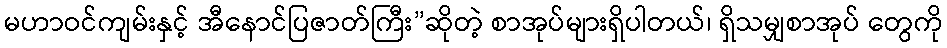
မဟာဝင်ကျမ်းနှင့် အီနောင်ပြဇာတ်ကြီး”ဆိုတဲ့ စာအုပ်များရှိပါတယ်၊ ရှိသမျှစာအုပ် တွေကို